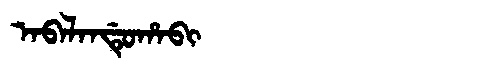
Manchu: ᠠᠪᠠᠯᠠᠨᡩᡠᡥᠠᠪᡳ
Romanization: ABALANDUHABI